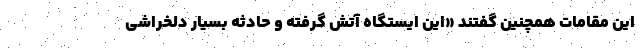
این مقامات همچنین گفتند «این ایستگاه آتش گرفته و حادثه بسیار دلخراشی